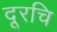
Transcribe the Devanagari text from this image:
दूरचि